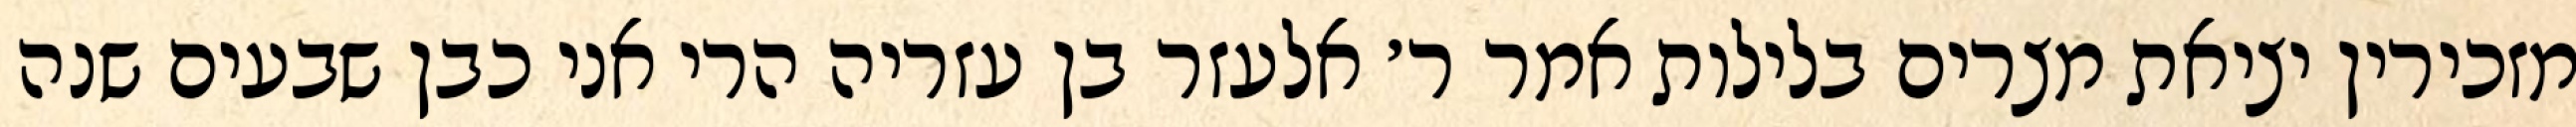
מזכירין יציאת מצרים בלילות אמר ר׳ אלעזר בן עזריה הרי אני כבן שבעים שנה